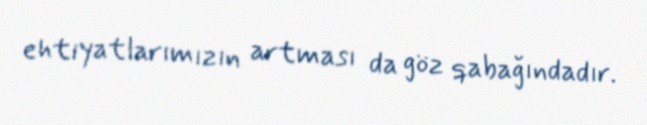
ehtiyatlarımızın artması da göz qabağındadır.